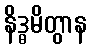
နိဒ္ဓမိတွာန